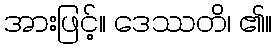
အားဖြင့်။ ဒေဿတိ၊ ၏။